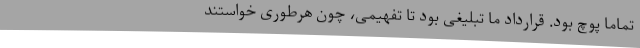
تماما پوچ بود. قرارداد ما تبلیغی بود تا تفهیمی، چون هرطوری خواستند